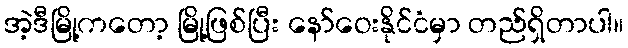
အဲ့ဒီမြို့ကတော့ မြို့ဖြစ်ပြီး နော်ဝေးနိုင်ငံမှာ တည်ရှိတာပါ။